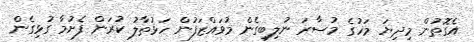
އެގޮތުން މިދިޔަ މަހުގެ މުސާރަ ނުލިބިގެން މުވައްޒަފުން ހަޅުތާލު ކުރަން ފެށުމާ ގުޅިގެން